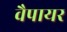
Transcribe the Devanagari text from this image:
वैपायर